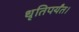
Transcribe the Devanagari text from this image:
धृतिपर्यंत।